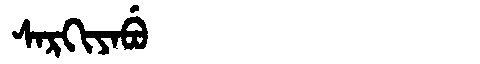
Manchu: ᠰᠠᡵᡴᡳᠶᠠᠪᡠ
Romanization: SARKIYABU